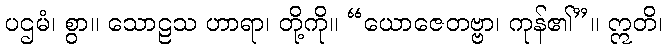
ပဌမံ၊ စွာ။ သောဠသ ဟာရာ၊ တို့ကို။ “ယောဇေတဗ္ဗာ၊ ကုန်၏”။ ဣတိ၊